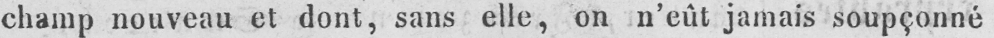
champ nouveau et dont, sans elle, on n’eût jamais soupçonné